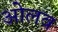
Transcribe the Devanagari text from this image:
ओलव